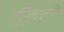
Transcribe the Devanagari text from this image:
हुन्त्विल्ली